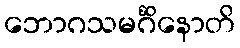
ဘောဂသမင်္ဂိနောတိ